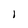
Character: l